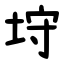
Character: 垨